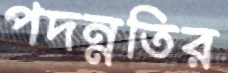
পদন্নতির